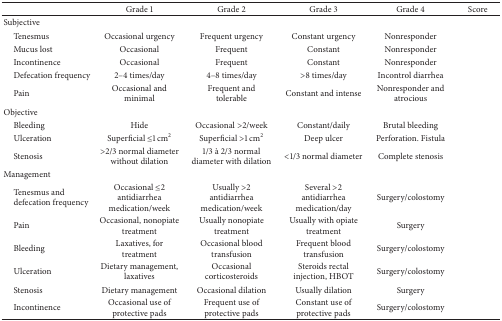
|  | Grade 1 | Grade 2 | Grade 3 | Grade 4 | Score |
 | --- | --- | --- | --- | --- | --- |
 | Subjective |  |  |  |  |  |
 | Tenesmus | Occasional urgency | Frequent urgency | Constant urgency | Nonresponder |  |
 | Mucus lost | Occasional | Frequent | Constant | Nonresponder |  |
 | Incontinence | Occasional | Frequent | Constant | Nonresponder |  |
 | Defecation frequency | 2–4 times/day | 4–8 times/day | >8 times/day | Incontrol diarrhea |  |
 | Pain | Occasional and minimal | Frequent and tolerable | Constant and intense | Nonresponder and atrocious |  |
 | Objective |  |  |  |  |  |
 | Bleeding | Hide | Occasional >2/week | Constant/daily | Brutal bleeding |  |
 | Ulceration | Superficial ≤1 cm2 | Superficial >1 cm2 | Deep ulcer | Perforation. Fistula |  |
 | Stenosis | >2/3 normal diameter without dilation | 1/3 à 2/3 normal diameter with dilation | <1/3 normal diameter | Complete stenosis |  |
 | Management |  |  |  |  |  |
 | Tenesmus and defecation frequency | Occasional ≤2 antidiarrhea medication/week | Usually >2 antidiarrhea medication/week | Several >2 antidiarrhea medication/day | Surgery/colostomy |  |
 | Pain | Occasional, nonopiate treatment | Usually nonopiate treatment | Usually with opiate treatment | Surgery |  |
 | Bleeding | Laxatives, for treatment | Occasional blood transfusion | Frequent blood transfusion | Surgery/colostomy |  |
 | Ulceration | Dietary management, laxatives | Occasional corticosteroids | Steroids rectal injection, HBOT | Surgery/colostomy |  |
 | Stenosis | Dietary management | Occasional dilation | Usually dilation | Surgery |  |
 | Incontinence | Occasional use of protective pads | Frequent use of protective pads | Constant use of protective pads | Surgery/colostomy |  |